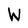
Character: W